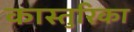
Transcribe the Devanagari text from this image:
कास्तुरिका